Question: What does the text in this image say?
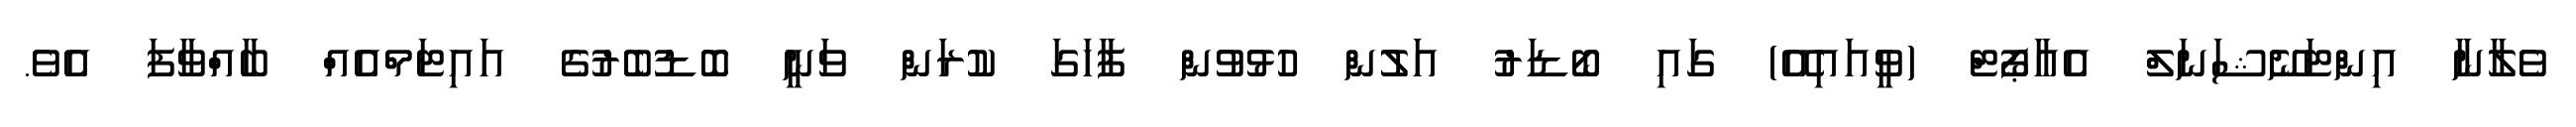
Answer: ވެލާނާ އިންޓަނޭޝަނަލް އެއާޕޯޓް (ވީއައިއޭ) ގައި ބޯޑަރު އަލުން ހުޅުވުން ފާހަގަ ކުރަން ވަނީ ބޮޑުބެރުގެ އައިޓަމްއެއް ބާއްވާފަ އެވެ.